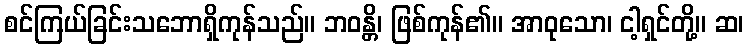
စင်ကြယ်ခြင်းသဘောရှိကုန်သည်။ ဘဝန္တိ၊ ဖြစ်ကုန်၏။ အာဝုသော၊ ငါ့ရှင်တို့။ ဆ၊